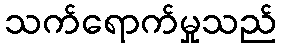
သက်ရောက်မှုသည်